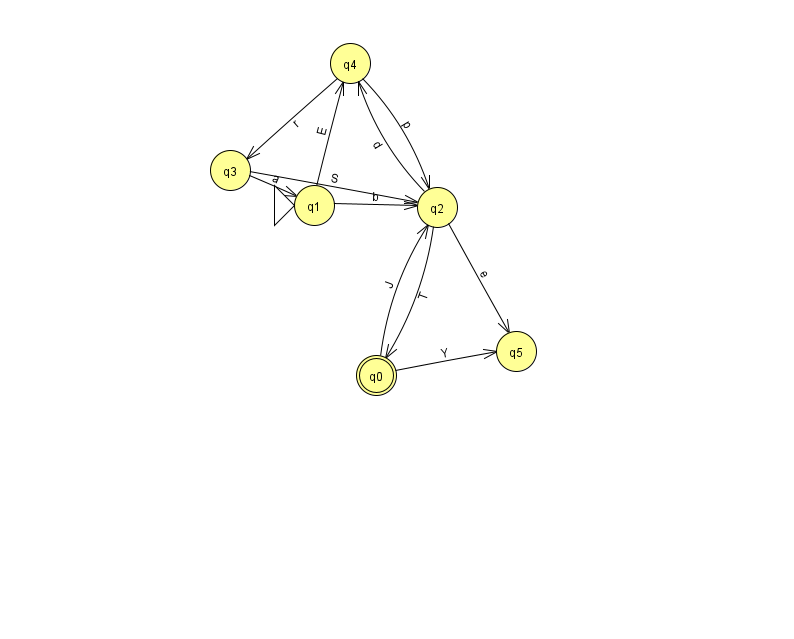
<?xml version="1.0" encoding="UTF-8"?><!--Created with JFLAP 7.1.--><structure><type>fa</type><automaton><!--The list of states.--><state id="0" name="q0"><x>376.0</x><y>362.0</y><final/></state><state id="1" name="q1"><x>314.0</x><y>192.0</y><initial/></state><state id="2" name="q2"><x>437.0</x><y>194.0</y></state><state id="3" name="q3"><x>230.0</x><y>157.0</y></state><state id="4" name="q4"><x>350.0</x><y>50.0</y></state><state id="5" name="q5"><x>516.0</x><y>338.0</y></state><!--The list of transitions.--><transition><from>2</from><to>0</to><read>T</read></transition><transition><from>2</from><to>4</to><read>d</read></transition><transition><from>3</from><to>1</to><read>a</read></transition><transition><from>0</from><to>5</to><read>Y</read></transition><transition><from>4</from><to>2</to><read>p</read></transition><transition><from>1</from><to>2</to><read>b</read></transition><transition><from>1</from><to>4</to><read>E</read></transition><transition><from>4</from><to>3</to><read>r</read></transition><transition><from>3</from><to>2</to><read>S</read></transition><transition><from>0</from><to>2</to><read>J</read></transition><transition><from>2</from><to>5</to><read>e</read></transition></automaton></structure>